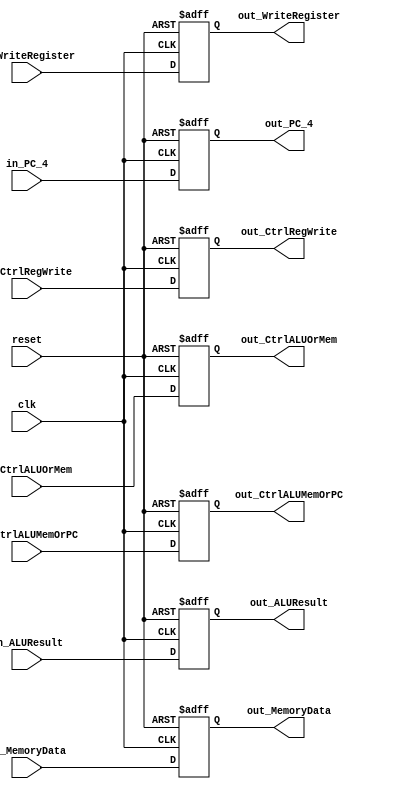
module MEM_WB_PipelineRegister(
    input clk,
    input reset,
    input [31:0] in_PC_4,
    input [31:0] in_MemoryData,
    input [31:0] in_ALUResult,
    input [4:0] in_WriteRegister,
    input in_CtrlRegWrite,
    input in_CtrlALUOrMem,
    input in_CtrlALUMemOrPC,

    output [31:0] out_PC_4,
    output [31:0] out_ALUResult,
    output [31:0] out_MemoryData,
    output [4:0] out_WriteRegister,
	output out_CtrlRegWrite,
    output out_CtrlALUOrMem,
    output out_CtrlALUMemOrPC
);

    reg [31:0] ALUResult;
    reg [31:0] MemoryData;
    reg [4:0] WriteRegister;
    reg [31:0] PC_4;
    reg CtrlALUOrMem;
    reg CtrlALUMemOrPc;
    reg CtrlRegWrite;

    always @(negedge reset or negedge clk) 
    begin
        if(reset==0)
        begin
            PC_4 <= 0;
            MemoryData <= 0;
            WriteRegister <= 0;
            CtrlRegWrite <= 0;
            CtrlALUOrMem <= 0;
            CtrlALUMemOrPc <= 0;
            ALUResult <= 0;
        end
        else
        begin
            PC_4 <= in_PC_4;
            ALUResult <= in_ALUResult;
            MemoryData <= in_MemoryData;
            WriteRegister <= in_WriteRegister;
            CtrlRegWrite <= in_CtrlRegWrite;
            CtrlALUOrMem <= in_CtrlALUOrMem;
            CtrlALUMemOrPc <= in_CtrlALUMemOrPC;
        end
    end

    assign out_ALUResult = ALUResult;
    assign out_PC_4 = PC_4;
    assign out_MemoryData = MemoryData;
    assign out_WriteRegister = WriteRegister;
    assign out_CtrlRegWrite = CtrlRegWrite;
    assign out_CtrlALUOrMem = CtrlALUOrMem;
    assign out_CtrlALUMemOrPC = CtrlALUMemOrPc;
    
endmodule // MEM_WB_PipelineRegister